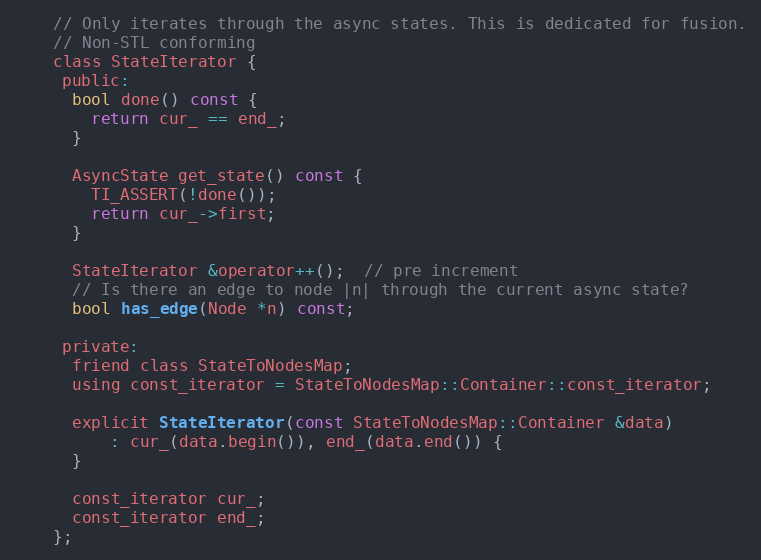
Language: C
    // Only iterates through the async states. This is dedicated for fusion.
    // Non-STL conforming
    class StateIterator {
     public:
      bool done() const {
        return cur_ == end_;
      }

      AsyncState get_state() const {
        TI_ASSERT(!done());
        return cur_->first;
      }

      StateIterator &operator++();  // pre increment
      // Is there an edge to node |n| through the current async state?
      bool has_edge(Node *n) const;

     private:
      friend class StateToNodesMap;
      using const_iterator = StateToNodesMap::Container::const_iterator;

      explicit StateIterator(const StateToNodesMap::Container &data)
          : cur_(data.begin()), end_(data.end()) {
      }

      const_iterator cur_;
      const_iterator end_;
    };